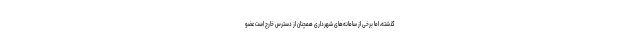
گذشته، اما برخی از سامانه‌های شهرداری همچنان از دسترس خارج است عضو